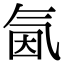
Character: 氤